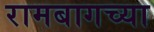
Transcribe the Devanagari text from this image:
रामबागच्या